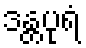
ဒန္တပုရံ